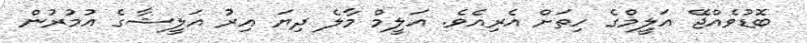
ބޮޑުވެއްޖޭ އަލީމްގެ ހިތަށް އެރިއެވެ. އަލީމް މާލެ ދިޔަ އިރު އަލީޝާގެ އުމުރުން